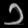
Digit: ၁